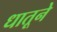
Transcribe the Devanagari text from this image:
धातूने